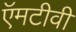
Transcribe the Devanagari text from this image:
ऍमटीवी